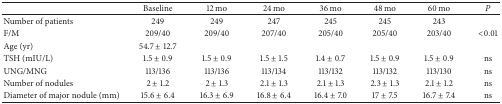
|  | Baseline | 12 mo | 24 mo | 36 mo | 48 mo | 60 mo | P |
 | --- | --- | --- | --- | --- | --- | --- | --- |
 | Number of patients | 249 | 249 | 247 | 245 | 245 | 243 |  |
 | F/M | 209/40 | 209/40 | 207/40 | 205/40 | 205/40 | 203/40 | <0.01 |
 | Age (yr) | 54.7 ± 12.7 |  |  |  |  |  |  |
 | TSH (mIU/L) | 1.5 ± 0.9 | 1.5 ± 0.9 | 1.5 ± 1.5 | 1.4 ± 0.7 | 1.5 ± 0.9 | 1.5 ± 0.9 | ns |
 | UNG/MNG | 113/136 | 113/136 | 113/134 | 113/132 | 113/132 | 113/130 | ns |
 | Number of nodules | 2 ± 1.2 | 2 ± 1.3 | 2.1 ± 1.3 | 2.1 ± 1.3 | 2.3 ± 1.3 | 2.1 ± 1.2 | ns |
 | Diameter of major nodule (mm) | 15.6 ± 6.4 | 16.3 ± 6.9 | 16.8 ± 6.4 | 16.4 ± 7.0 | 17 ± 7.5 | 16.7 ± 7.4 | ns |